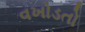
વખોડતો